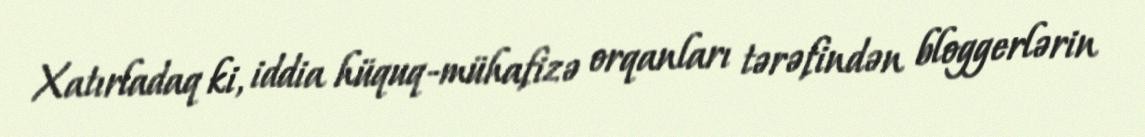
Xatırladaq ki, iddia hüquq-mühafizə orqanları tərəfindən bloggerlərin